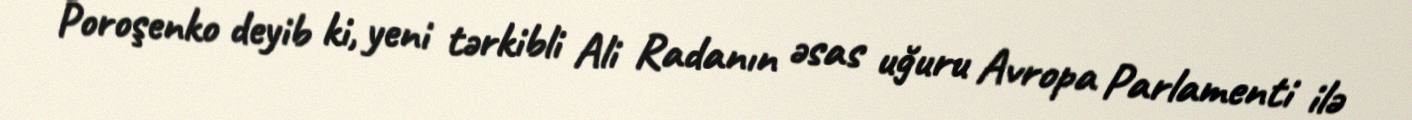
Poroşenko deyib ki, yeni tərkibli Ali Radanın əsas uğuru Avropa Parlamenti ilə